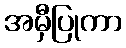
အမှီပြုကာ